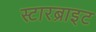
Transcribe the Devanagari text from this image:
स्टारब्राइट